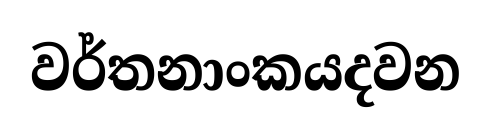
වර්තනාංකයදවන